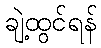
ချဲ့ထွင်ရန်